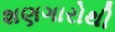
શણગારોથી